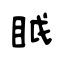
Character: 眓